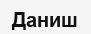
Даниш